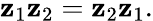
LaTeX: \mathbf{z}_{1}\mathbf{z}_{2}=\mathbf{z}_{2}\mathbf{z}_{1}.